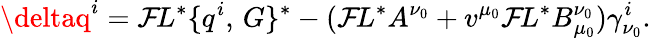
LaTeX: \deltaq^{i}={\cal\mathcal{F}}\! L^{*}\{ q^{i},\, G\} ^{*}-({\cal\mathcal{F}}\! L^{*}A^{\nu_{0}}+v^{\mu_{0}}{\cal\mathcal{F}}\! L^{*}B_{\mu_{0}}^{\nu_{0}})\gamma_{\nu_{0}}^{i}.